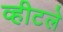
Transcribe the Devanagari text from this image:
व्हीटले